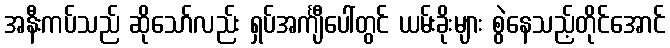
အနီးကပ်သည် ဆိုသော်လည်း ရှပ်အင်္ကျီပေါ်တွင် ယမ်းခိုးများ စွဲနေသည့်တိုင်အောင်